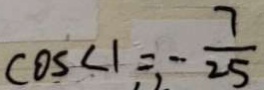
\cos < 1 = - \frac { 7 } { 2 5 }